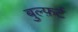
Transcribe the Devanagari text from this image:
बुल्फ़र्ट